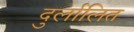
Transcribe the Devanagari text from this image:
दुर्लालित